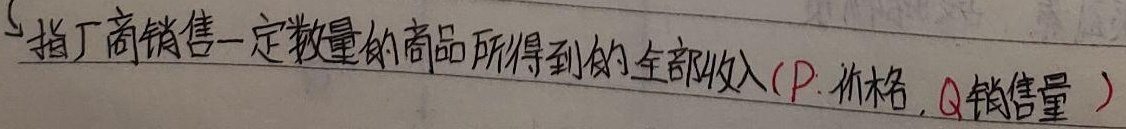
指厂商销售一定数量的商品所得到的全部收入（$P$：价格，$Q$：销售量）